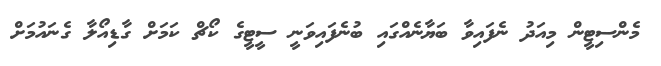
މެންސިޓީން މިއަދު ނެފައިވާ ބަޔާނެއްގައި ބުނެފައިވަނީ ސީޓީގެ ކޯޗް ކަމަށް ގާޑިއޯލާ ގެނައުމަށް